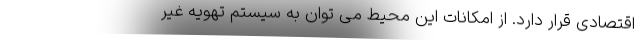
اقتصادی قرار دارد. از امکانات این محیط می توان به سیستم تهویه غیر